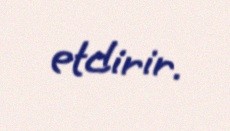
etdirir.